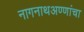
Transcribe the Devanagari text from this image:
नागनाथअण्णांचा